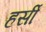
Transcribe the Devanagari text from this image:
हर्सीं